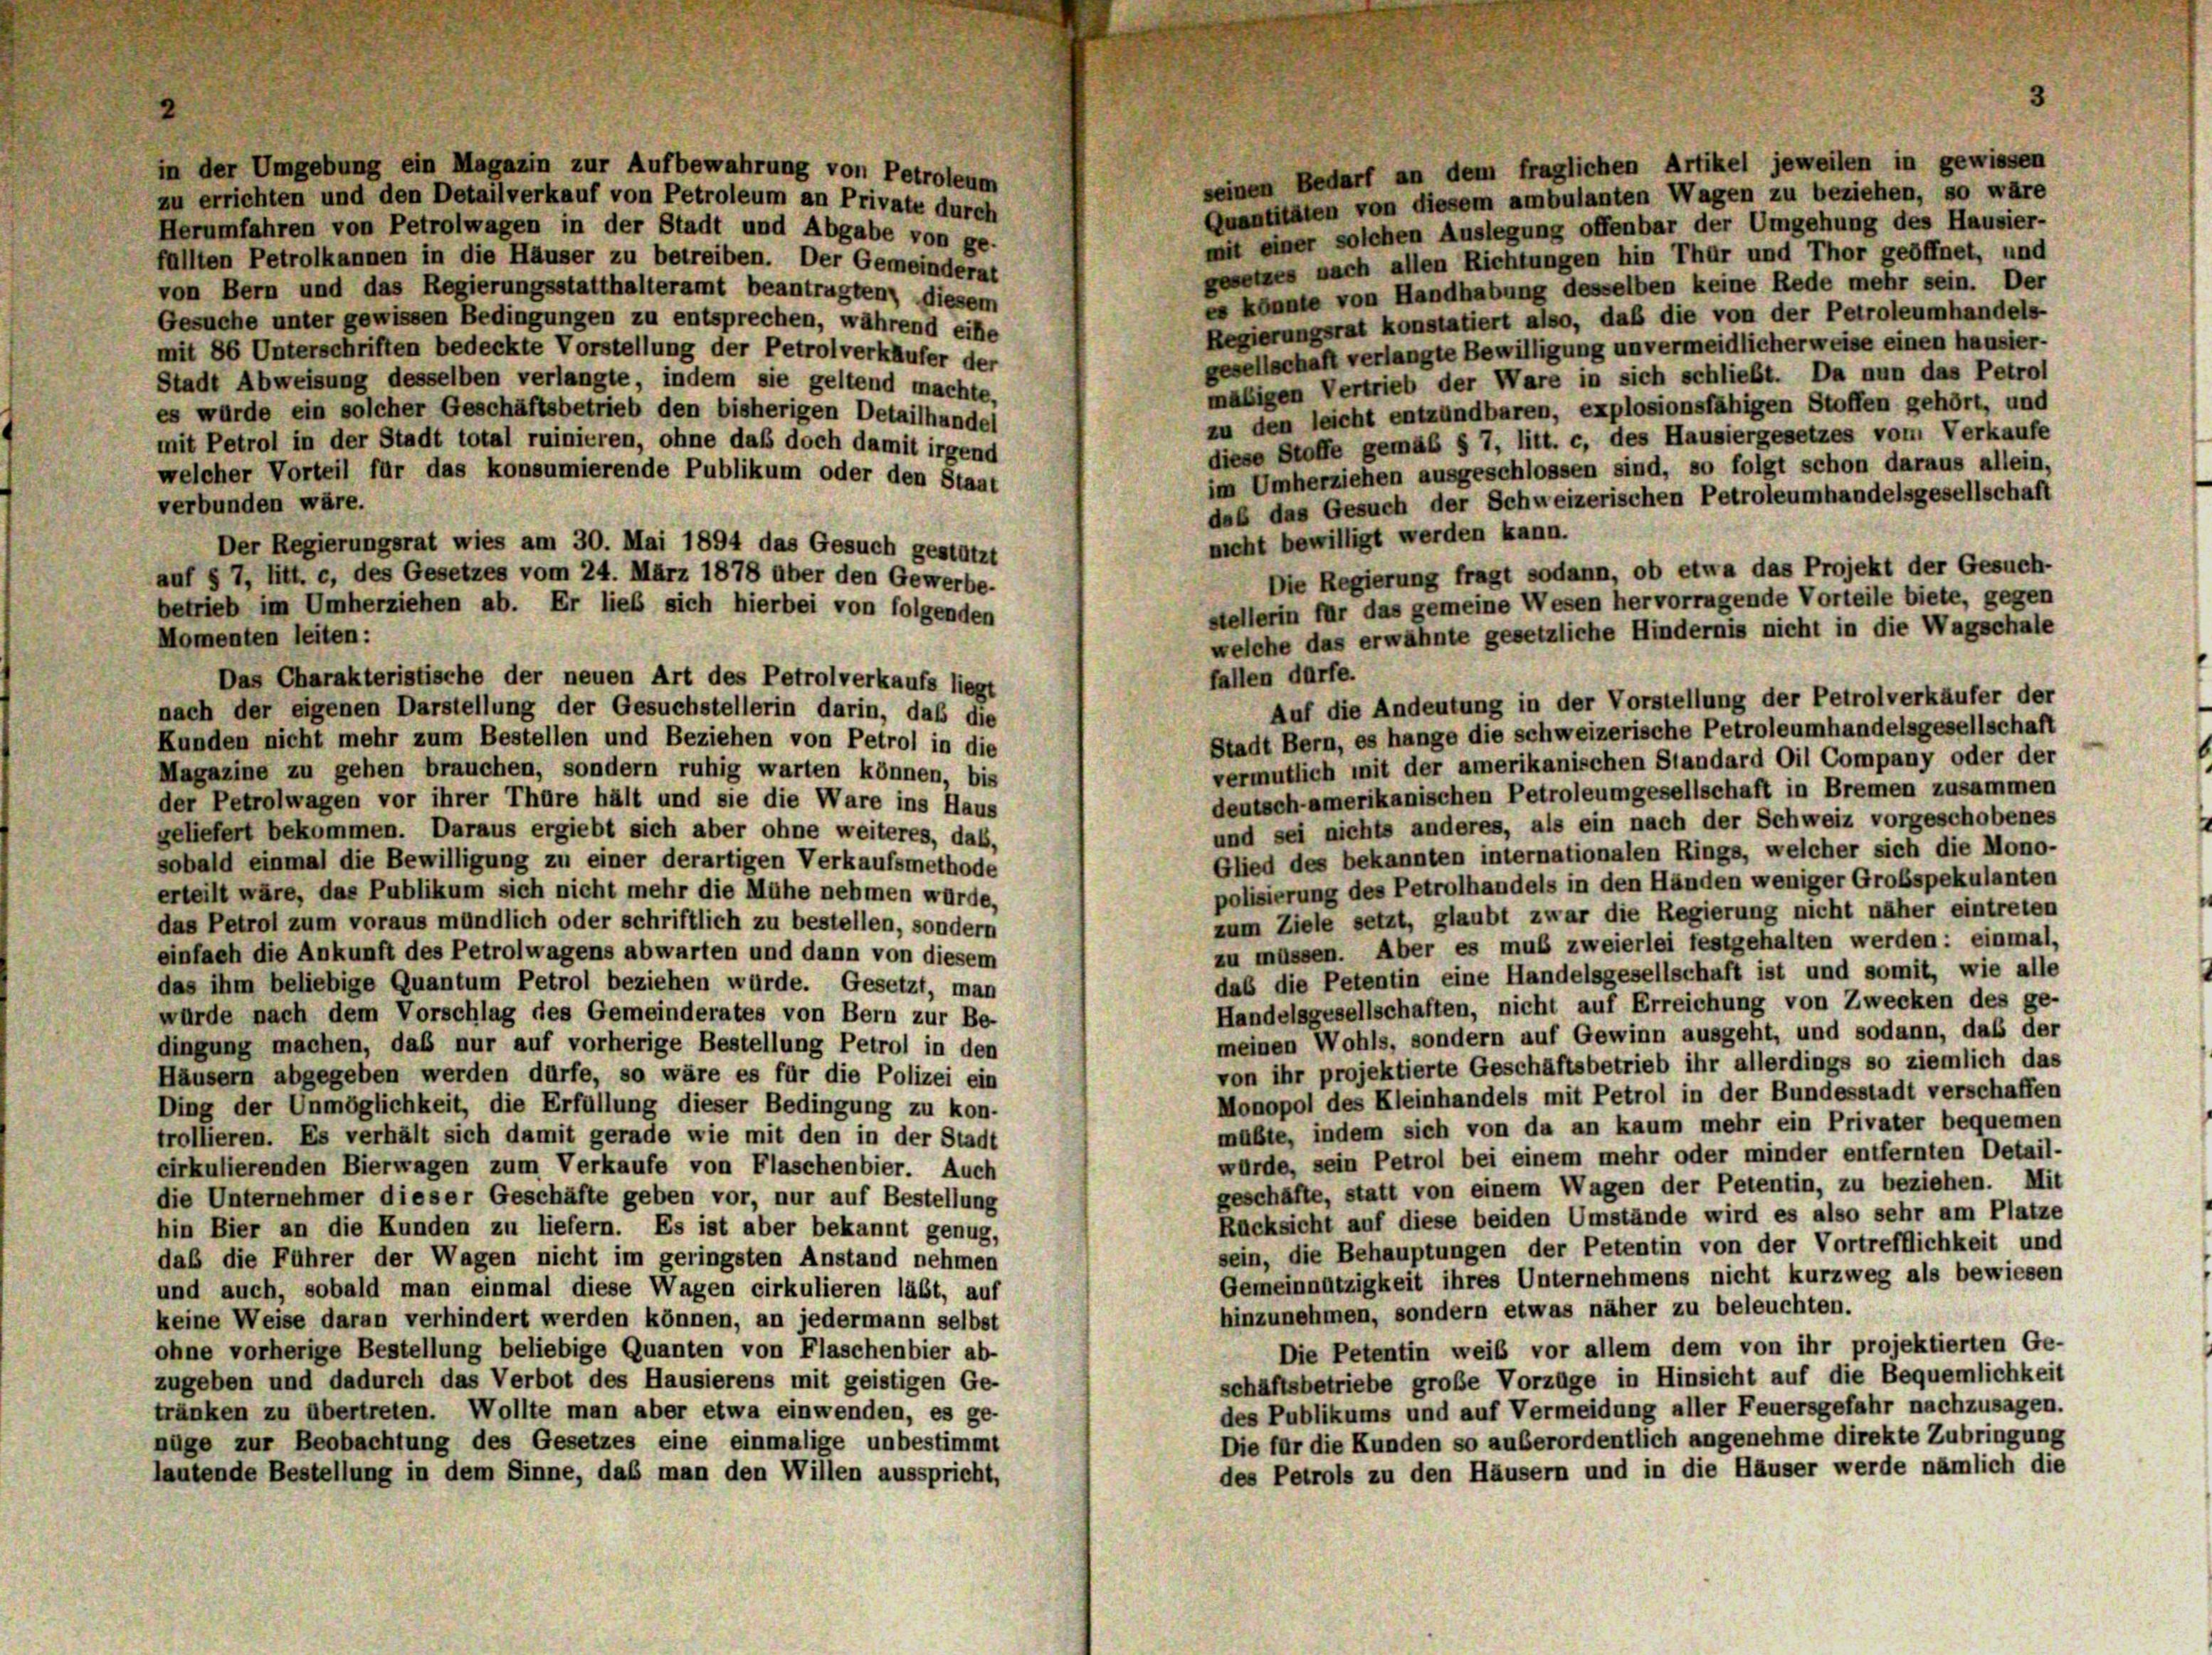
in der Umgebung ein Magazin zur Aufbewahrung von Petroleum
seinen Bedarf an dem fraglichen Artikel jeweilen in gewissen
zu errichten und den Detailverkauf von Petroleum an Private durch
Quantitäten von diesem ambulanten Wagen zu beziehen, so wäre
Herumfahren von Petrolwagen in der Stadt und Abgabe von ge-
mit einer solchen Auslegung offenbar der Umgehung des Hausier-
fällten Petrolkannen in die Häuser zu betreiben. Der Gemeinderat
gesetzes nach allen Richtungen hin Thür und Thor geöffnet, und
von Bern und das Regierungsstatthalteramt beantragten, diesem
es könnte von Handhabung desselben keine Rede mehr sein. Der
Gesuche unter gewissen Bedingungen zu entsprechen, während eine
Regierungsrat konstatiert also, daß die von der Petroleumhandels-
gesellschaft verlangte Bewilligung unvermeidlicherweise einen hausier-
mit 86 Unterschriften bedeckte Vorstellung der Petrolverkäufer der
mäßigen Vertrieb der Ware in sich schließt. Da nun das Petrol
Stadt Abweisung desselben verlangte, indem sie geltend machte,
zu den leicht entzündbaren, explosionsfähigen Stoffen gehört, und
es würde ein solcher Geschäftsbetrieb den bisherigen Detailhandel
diese Stoffe gemäß § 7, litt. c, des Hausiergesetzes vom Verkaufe
mit Petrol in der Stadt total ruinieren, ohne daß doch damit irgend
im Umherziehen ausgeschlossen sind, so folgt schon daraus allein,
welcher Vorteil für das konsumierende Publikum oder den Staat
daß das Gesuch der Schweizerischen Petroleumhandelsgesellschaft
verbunden wäre.
nicht bewilligt werden kann.
Der Regierungsrat wies am 30. Mai 1894 das Gesuch gestützt
Die Regierung fragt sodann, ob etwa das Projekt der Gesuch-
auf § 7, litt. c, des Gesetzes vom 24. März 1878 über den Gewerbe-
stellerin für das gemeine Wesen hervorragende Vorteile biete, gegen
betrieb im Umherziehen ab. Er lieb sich hierbei von folgenden
welche das erwähnte gesetzliche Hindernis nicht in die Wagschale
Momenten leiten:
fallen dürfe.
Das Charakteristische der neuen Art des Petrolverkaufs liegt
Auf die Andeutung in der Vorstellung der Petrolverkäufer der
nach der eigenen Darstellung der Gesuchstellerin darin, daß die
Stadt Bern, es hange die schweizerische Petroleumhandelsgesellschaft
Kunden nicht mehr zum Bestellen und Beziehen von Petrol in die
vermutlich mit der amerikanischen Standard Oil Company oder der
Magazine zu gehen brauchen, sondern ruhig warten können, bis
deutsch-amerikanischen Petroleumgesellschaft in Bremen zusammen
der Petrolwagen vor ihrer Thüre hält und sie die Ware ins Haus
und sei nichts anderes, als ein nach der Schweiz vorgeschobenes
geliefert bekommen. Daraus ergiebt sich aber ohne weiteres, daß,
Glied des bekannten internationalen Rings, welcher sich die Mono-
sobald einmal die Bewilligung zu einer derartigen Verkaufsmethode
polisierung des Petrolhandels in den Händen weniger Großspekulanten
erteilt wäre, das Publikum sich nicht mehr die Mühe nehmen würde,
zum Ziele setzt, glaubt zwar die Regierung nicht näher eintreten
das Petrol zum voraus mündlich oder schriftlich zu bestellen, sondern
zu müssen. Aber es muß zweierlei festgehalten werden: einmal,
einfach die Ankunft des Petrolwagens abwarten und dann von diesem
das die Petentin eine Handelsgesellschaft ist und somit, wie alle
das ihm beliebige Quantum Petrol beziehen würde. Gesetzt, man
Handelsgesellschaften, nicht auf Erreichung von Zwecken des ge-
würde nach dem Vorschlag des Gemeinderates von Bern zur Be-
meinen Wohls, sondern auf Gewinn ausgeht, und sodann, daß der
dingung machen, daß nur auf vorherige Bestellung Petrol in den
von ihr projektierte Geschäftsbetrieb ihr allerdings so ziemlich das
Häusern abgegeben werden dürfe, so wäre es für die Polizei ein
Monopol des Kleinhandels mit Petrol in der Bundesstadt verschaffen
Ding der Unmöglichkeit, die Erfüllung dieser Bedingung zu kon-
mübte, indem sich von da an kaum mehr ein Privater bequemen
trollieren. Es verhält sich damit gerade wie mit den in der Stadt
würde, sein Petrol bei einem mehr oder minder entfernten Detail-
cirkulierenden Bierwagen zum Verkaufe von Flaschenbier. Auch
geschäfte, statt von einem Wagen der Petentin, zu beziehen. Mit
die Unternehmer dieser Geschäfte geben vor, nur auf Bestellung
Rücksicht auf diese beiden Umstände wird es also sehr am Platze
hin Bier an die Kunden zu liefern. Es ist aber bekannt genug,
sein, die Behauptungen der Petentin von der Vortrefflichkeit und
daß die Führer der Wagen nicht im geringsten Anstand nehmen
Gemeinnützigkeit ihres Unternehmens nicht kurzweg als bewiesen
und auch, sobald man einmal diese Wagen cirkulieren läßt, auf
hinzunehmen, sondern etwas näher zu beleuchten.
keine Weise daran verhindert werden können, an jedermann selbst
Die Petentin weib vor allem dem von ihr projektierten Ge-
ohne vorherige Bestellung beliebige Quanten von Flaschenbier ab-
schäftsbetriebe große Vorzüge in Hinsicht auf die Bequemlichkeit
zugeben und dadurch das Verbot des Hausierens mit geistigen Ge-
des Publikums und auf Vermeidung aller Feuersgefahr nachzusagen.
tränken zu übertreten. Wollte man aber etwa einwenden, es ge-
Die für die Kunden so außerordentlich angenehme direkte Zubringung
nüge zur Beobachtung des Gesetzes eine einmalige unbestimmt
des Petrols zu den Häusern und in die Häuser werde nämlich die
lautende Bestellung in dem Sinne, daß man den Willen ausspricht,